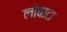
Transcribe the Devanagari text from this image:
लोबाटा